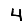
Digit: 4